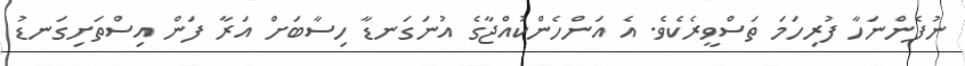
ނުފެންނަހާ ފުރިހަމަ ތަސްވީރެކެވެ. އެ އަންހެންކުއްޖާގެ އުނަގަނޑާ ހިސާބަށް އަރާ ފަން އިސްތަށިގަނޑު